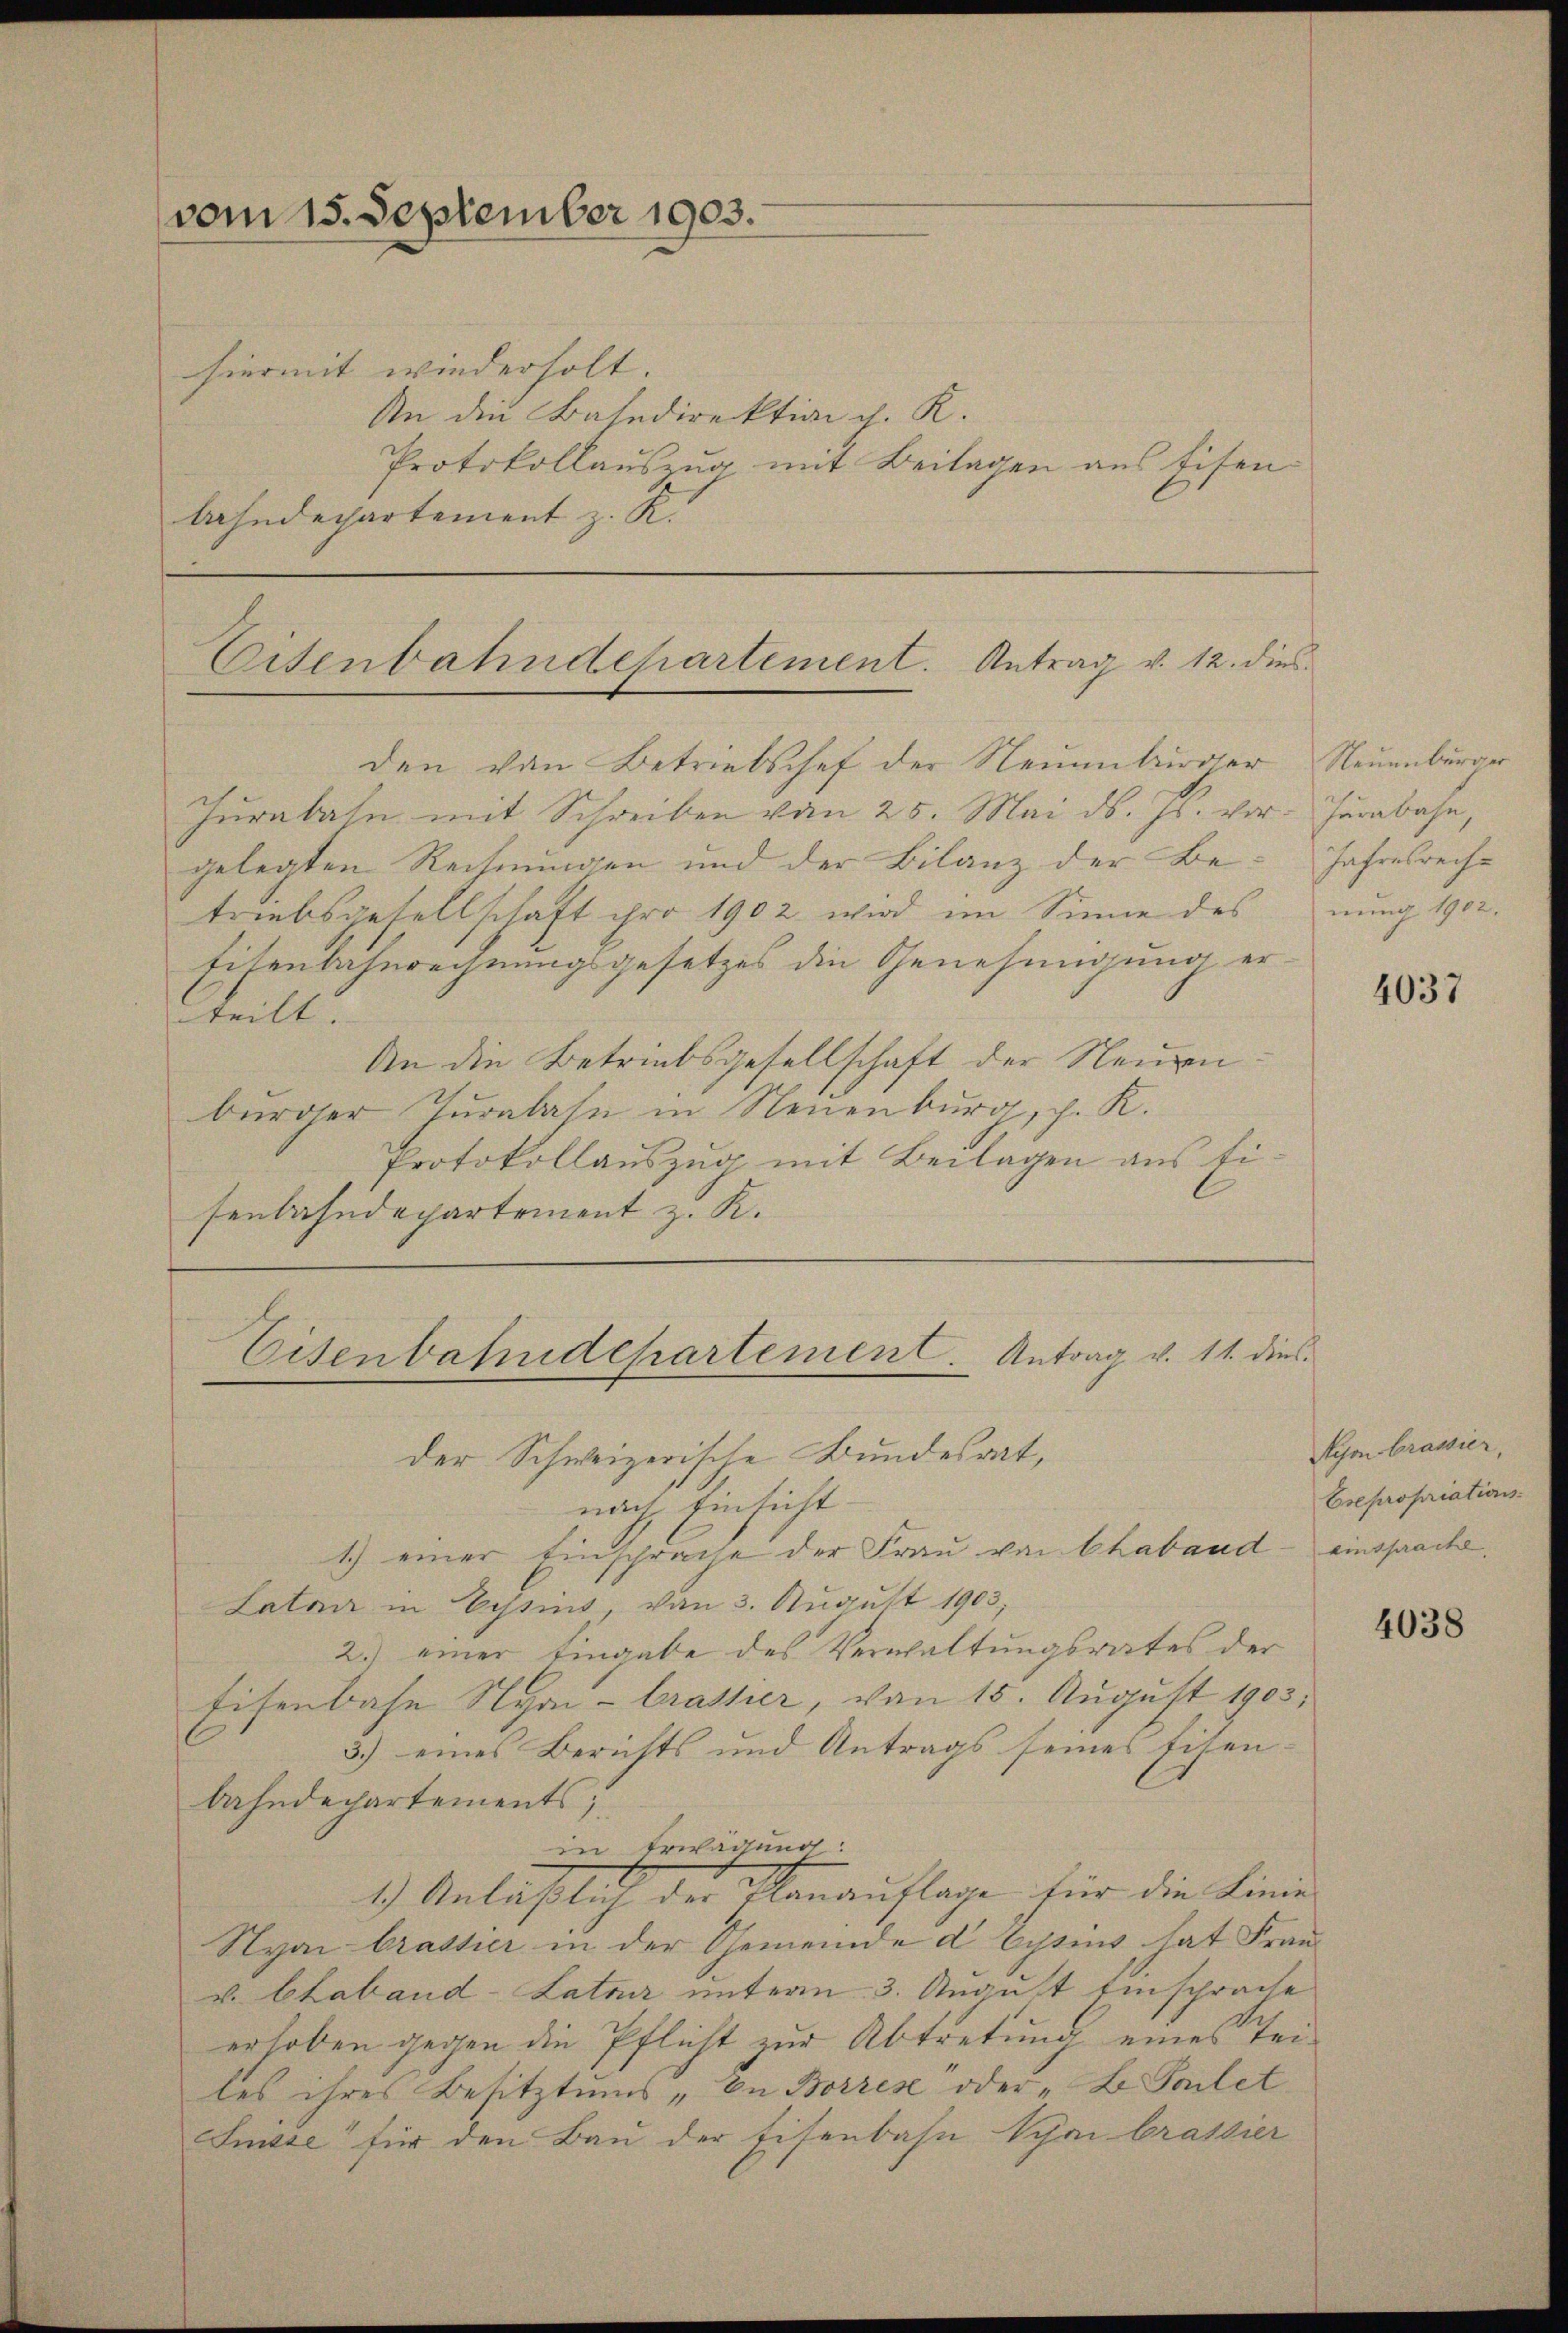
(vom 15. September 1903.
hiermit wiederholt.
An die Basedirektion d. K.

Protokollauszug mit Beilagen aus Eisen
bahndepartement z. R.

Eisenbahndepartement. Antrag v. 12. dies

den von Betriebschef der Neuenburger Neuenburger
Jurabahn mit Schreiben vom 25. Mai d. Js. vor. Jurabahn
gelegten Rechnungen und der Bilanz der Betriebsgesellschaft pro 1902 wird im Sinne des
Eisenbahnrechnungsgesetzes die Genehmigung ertteilt.
An die Betriebsgesellschaft der Neuen.
burger Juralate in Neuenburg, p. K.
Protokollauszug mit Beilagen aus Ei
senbahndepartement z. K.

Eisenbahndepartement. Antrag v. 11. dies
der Schweizerische Bundesrat,

nach Einsicht
1.) einer Einsprache der Frau von Chaband
Latar in Lyssins, von 3. August 1903,
2.) einer Eingabe des Verwaltungsrates der
Eisenbahn Nyon-Crastier, von 15. August 1903.
3.) eines Berichts und Antrags seines Eisen-
bahndepartements;
in Erwägung:
1.) Anläßlich der Manauflage für die Linie
Nyon brasser in der Gemeinde d Eysius hat Franv. Chaband -Latner unterm 3. August Einsprache
erhoben gegen die Pflicht zur Abtretung eines Teiles ihres Besitztums, in Borres oder „B Toilet
Sinsse“ für den Bau der Eisenbahn Vyaibrassier

Jahresrecht
nung 1902.

4037

Nyon brassier,
Esepropriations-
einsprache.

4038